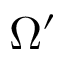
\Omega ^ { \prime }